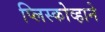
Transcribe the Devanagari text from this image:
प्लिस्कोव्हाने